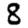
Digit: 8